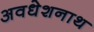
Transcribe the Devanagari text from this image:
अवधेशनाथ